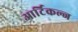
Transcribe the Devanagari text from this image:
आर्टिकल्ज